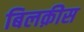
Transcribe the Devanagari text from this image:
बिलक़ीस